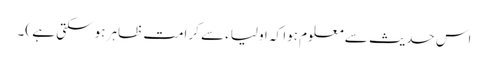
اس حدیث سے معلوم ہوا کہ اولیاء سے کرامت ظاہر ہو سکتی ہے )۔